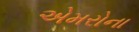
એમરોના